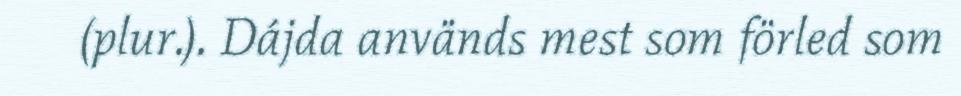
(plur.). Dájda används mest som förled som